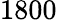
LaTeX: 1800